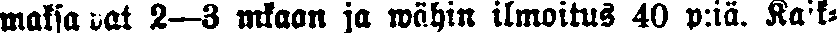
maksawat 2—3 mkaan ja wähin ilmoitus 40 p:iä. Kaik-